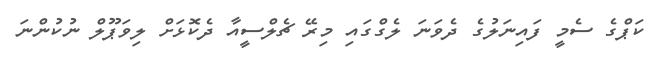
ކަޕްގެ ސެމީ ފައިނަލުގެ ދެވަނަ ލެގްގައި މިރޭ ޗެލްސީއާ ދެކޮޅަށް ލިވަޕޫލް ނުކުންނަ